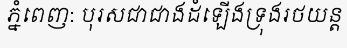
ភ្នំពេញ: បុរសជាជាងដំឡើងទ្រុងរថយន្ត